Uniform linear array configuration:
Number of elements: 4
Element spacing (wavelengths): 0.5
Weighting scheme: exponential
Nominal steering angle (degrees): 30
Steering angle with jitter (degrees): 31.756
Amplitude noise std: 0.05
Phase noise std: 0.05

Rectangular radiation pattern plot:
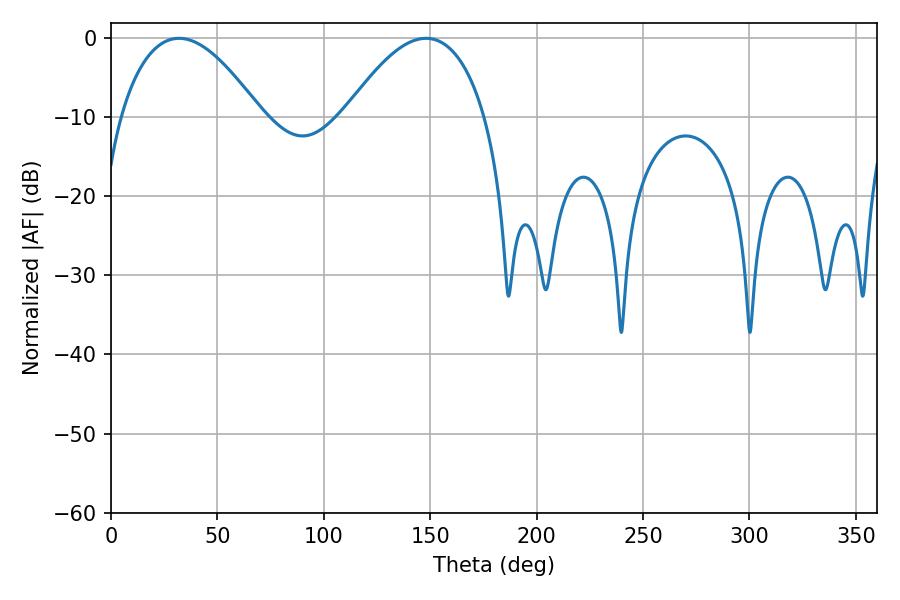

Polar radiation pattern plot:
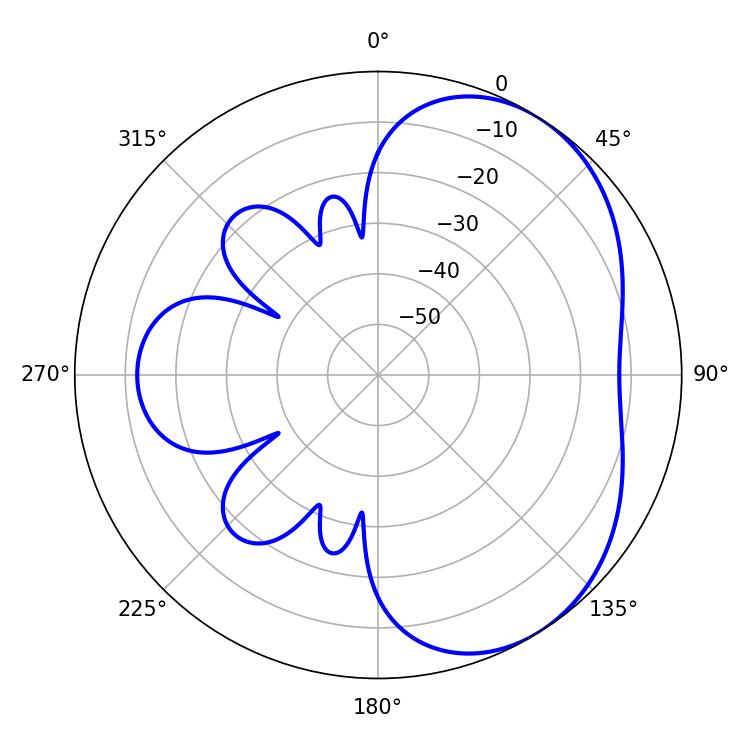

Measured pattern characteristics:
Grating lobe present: FALSE
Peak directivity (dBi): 4.235
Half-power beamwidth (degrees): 36.36
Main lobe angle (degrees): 32.04